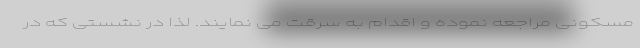
مسکونی مراجعه نموده و اقدام به سرقت می نمایند. لذا در نشستی که در